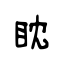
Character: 眈